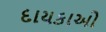
દાયકાઓ